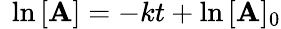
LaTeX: \ \ln{[\mathbf{A}]}=-kt+\ln{[\mathbf{A}]_{0}}